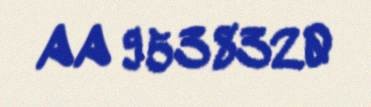
AA 9538320